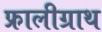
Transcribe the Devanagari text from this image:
फ्रालीग्राथ